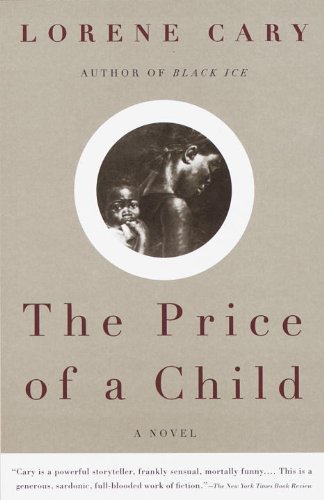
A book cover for The Price of a Child: A Novel; Lorene Cary; Literature & Fiction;